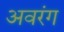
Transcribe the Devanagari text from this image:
अवरंग